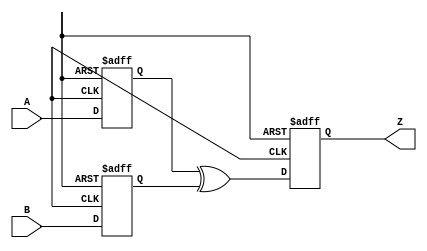
module xor_gate_delay (
    input wire A,
    input wire B,
    output reg Z
);

reg delayed_A;
reg delayed_B;

always @(posedge clk or negedge rst) begin
    if (!rst) begin
        delayed_A <= 1'b0;
        delayed_B <= 1'b0;
    end else begin
        delayed_A <= A;
        delayed_B <= B;
    end
end

always @(posedge clk or negedge rst) begin
    if (!rst) begin
        Z <= 1'b0;
    end else begin
        Z <= delayed_A ^ delayed_B;
    end
end

endmodule